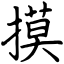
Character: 摸